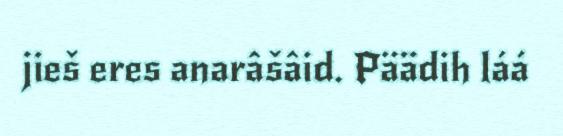
jieš eres anarâšâid. Päädih láá